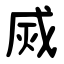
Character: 烕